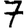
Digit: 7